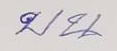
บน